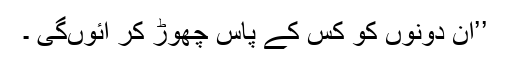
’’ان دونوں کو کس کے پاس چھوڑ کر آئوںگی ۔